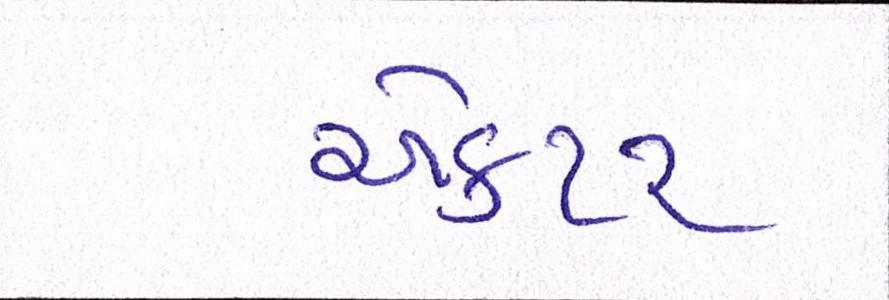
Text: એકટર